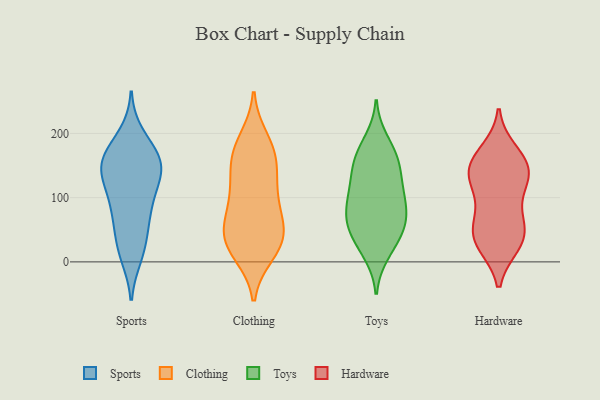
{"axis": {"x": "Conversion Rate (%)", "y": "Value"}, "legend": ["Clothing", "Hardware", "Sports", "Toys"], "data": [{"x": "", "y": 149, "type": "Sports"}, {"x": "", "y": 154, "type": "Sports"}, {"x": "", "y": 87, "type": "Sports"}, {"x": "", "y": 177, "type": "Sports"}, {"x": "", "y": 148, "type": "Sports"}, {"x": "", "y": 119, "type": "Sports"}, {"x": "", "y": 93, "type": "Sports"}, {"x": "", "y": 152, "type": "Sports"}, {"x": "", "y": 29, "type": "Sports"}, {"x": "", "y": 18, "type": "Sports"}, {"x": "", "y": 196, "type": "Sports"}, {"x": "", "y": 62, "type": "Sports"}, {"x": "", "y": 10, "type": "Sports"}, {"x": "", "y": 125, "type": "Sports"}, {"x": "", "y": 146, "type": "Sports"}, {"x": "", "y": 166, "type": "Sports"}, {"x": "", "y": 70, "type": "Sports"}, {"x": "", "y": 95, "type": "Clothing"}, {"x": "", "y": 190, "type": "Clothing"}, {"x": "", "y": 149, "type": "Clothing"}, {"x": "", "y": 45, "type": "Clothing"}, {"x": "", "y": 38, "type": "Clothing"}, {"x": "", "y": 41, "type": "Clothing"}, {"x": "", "y": 172, "type": "Clothing"}, {"x": "", "y": 14, "type": "Clothing"}, {"x": "", "y": 76, "type": "Clothing"}, {"x": "", "y": 174, "type": "Clothing"}, {"x": "", "y": 59, "type": "Clothing"}, {"x": "", "y": 20, "type": "Clothing"}, {"x": "", "y": 155, "type": "Clothing"}, {"x": "", "y": 109, "type": "Clothing"}, {"x": "", "y": 118, "type": "Clothing"}, {"x": "", "y": 27, "type": "Clothing"}, {"x": "", "y": 152, "type": "Toys"}, {"x": "", "y": 96, "type": "Toys"}, {"x": "", "y": 100, "type": "Toys"}, {"x": "", "y": 91, "type": "Toys"}, {"x": "", "y": 46, "type": "Toys"}, {"x": "", "y": 154, "type": "Toys"}, {"x": "", "y": 12, "type": "Toys"}, {"x": "", "y": 40, "type": "Toys"}, {"x": "", "y": 145, "type": "Toys"}, {"x": "", "y": 63, "type": "Toys"}, {"x": "", "y": 119, "type": "Toys"}, {"x": "", "y": 55, "type": "Toys"}, {"x": "", "y": 64, "type": "Toys"}, {"x": "", "y": 18, "type": "Toys"}, {"x": "", "y": 91, "type": "Toys"}, {"x": "", "y": 161, "type": "Toys"}, {"x": "", "y": 178, "type": "Toys"}, {"x": "", "y": 121, "type": "Toys"}, {"x": "", "y": 190, "type": "Toys"}, {"x": "", "y": 61, "type": "Toys"}, {"x": "", "y": 77, "type": "Hardware"}, {"x": "", "y": 123, "type": "Hardware"}, {"x": "", "y": 49, "type": "Hardware"}, {"x": "", "y": 46, "type": "Hardware"}, {"x": "", "y": 29, "type": "Hardware"}, {"x": "", "y": 27, "type": "Hardware"}, {"x": "", "y": 130, "type": "Hardware"}, {"x": "", "y": 150, "type": "Hardware"}, {"x": "", "y": 161, "type": "Hardware"}, {"x": "", "y": 67, "type": "Hardware"}, {"x": "", "y": 136, "type": "Hardware"}, {"x": "", "y": 29, "type": "Hardware"}, {"x": "", "y": 172, "type": "Hardware"}, {"x": "", "y": 121, "type": "Hardware"}, {"x": "", "y": 152, "type": "Hardware"}]}